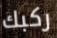
ركبك